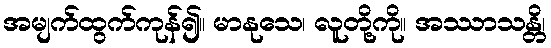
အမျက်ထွက်ကုန်၍။ မာနုသေ၊ လူတို့ကို။ အဿာသန္တိ၊